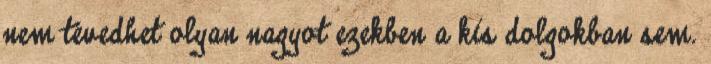
nem tévedhet olyan nagyot ezekben a kis dolgokban sem.